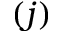
( j )